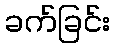
ခက်ခြင်း